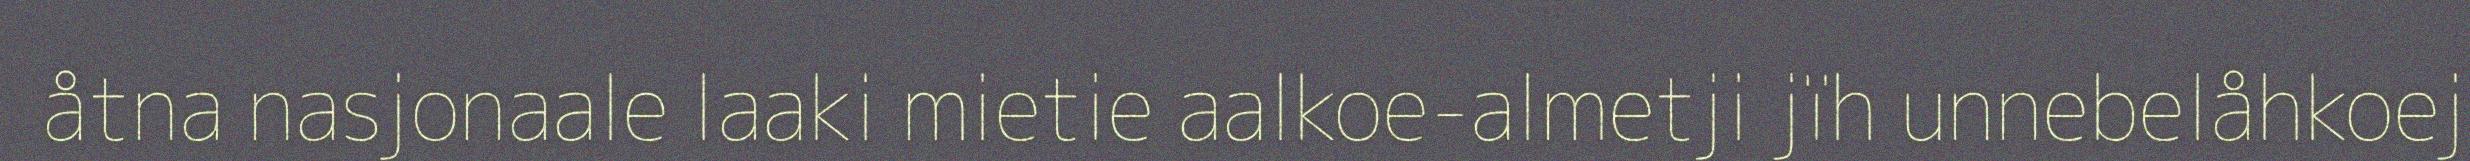
åtna nasjonaale laaki mietie aalkoe-almetji jïh unnebelåhkoej